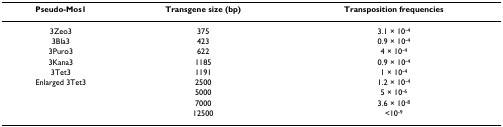
<table><thead><tr><td><b>Pseudo-Mos1</b></td><td><b>Transgene size (bp)</b></td><td><b>Transposition frequencies</b></td></tr></thead><tbody><tr><td>3Zeo3</td><td>375</td><td>3.1 × 10<sup>-4</sup></td></tr><tr><td>3Bla3</td><td>423</td><td>0.9 × 10<sup>-4</sup></td></tr><tr><td>3Puro3</td><td>622</td><td>4 × 10<sup>-4</sup></td></tr><tr><td>3Kana3</td><td>1185</td><td>0.9 × 10<sup>-4</sup></td></tr><tr><td>3Tet3</td><td>1191</td><td>1 × 10<sup>-4</sup></td></tr><tr><td>Enlarged 3Tet3</td><td>2500</td><td>1.2 × 10<sup>-4</sup></td></tr><tr><td></td><td>5000</td><td>5 × 10<sup>-6</sup></td></tr><tr><td></td><td>7000</td><td>3.6 × 10<sup>-8</sup></td></tr><tr><td></td><td>12500</td><td>&lt;10<sup>-9</sup></td></tr></tbody></table>